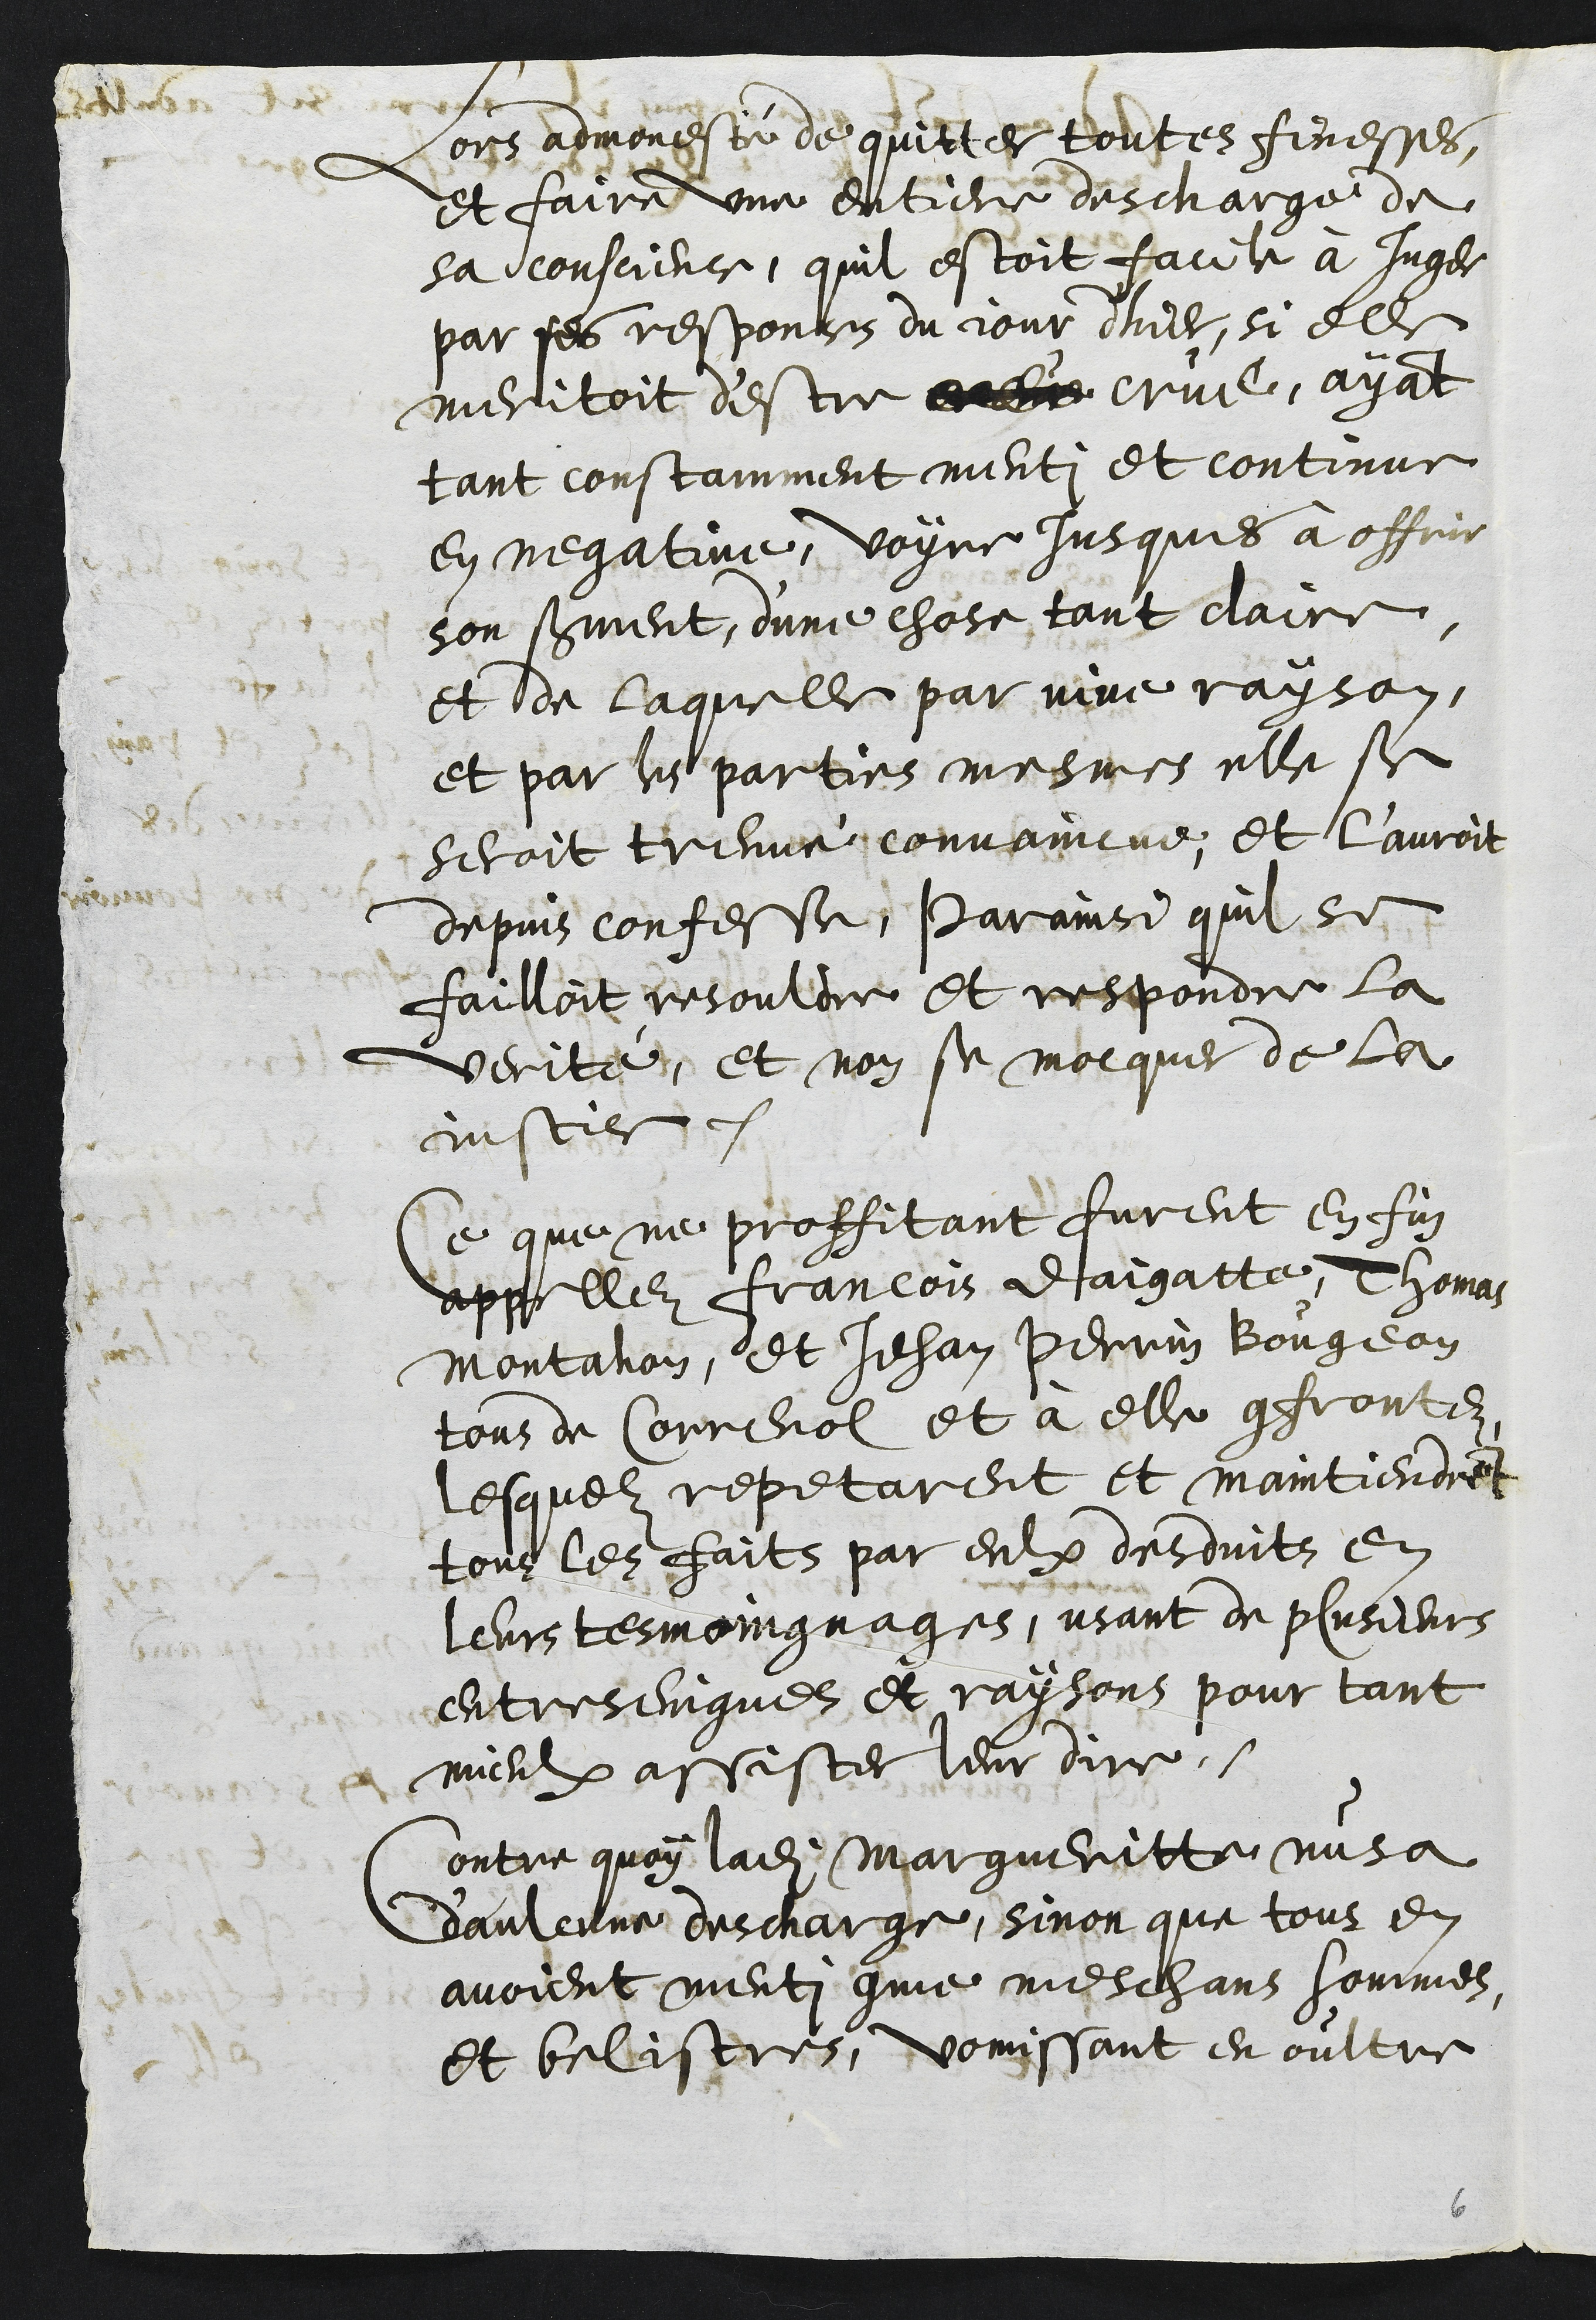
Lors admonesté de quitter toutes finesses,
et faire une entiere descharge de
sa conscience, quil estoit facile à Juger
par ses responses du jour d'hier, si elle
meritoit d'estre elle crue, ayant
tant constamment menti et continue
en negative, voyre jusques à offrir
son serment, dune chose tant claire,
et de laquelle par vive rayson,
et par les parties mesmes elle se
seroit treuvé convaincue, et l'auroit
depuis confesse, Parainsi quil se
failloit resouldre et respondre la
verité, et non se mocquer de la
justice.
Ce que ne proffitant furent en fin
appellez Francois Daigatte, Thomas
Montahon et Jehan Perrin Bougeon
tous de Correnol et à elle confrontez
lesquelz repetarent et maintiendrent
tous les faits par eulx desduits en
leurs tesmoingnages, usant de plusieurs
entreseingnes et raisons pour tant
mieulx assister leur dire.
Contre quoy ladite Margueritte nusa
d'aulcune descharge, sinon que tous en
avoient menti comme meschans hommes,
et belistres, vomissant en oultre

6